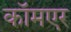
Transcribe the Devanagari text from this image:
कॉमएर